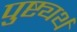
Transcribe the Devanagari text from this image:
पुष्ट्यर्थ